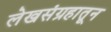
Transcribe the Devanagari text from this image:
लेखसंग्रहातून